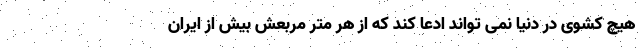
هیچ کشوی در دنیا نمی تواند ادعا کند که از هر متر مربعش بیش از ایران